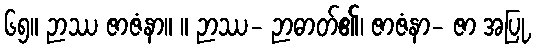
၆၅။ ဉာဿ ဇာဇံနာ။ ။ ဉာဿ- ဉာဓာတ်၏၊ ဇာဇံနာ- ဇာ အပြု,